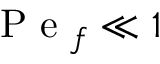
\mathrm { ~ P ~ e ~ } _ { f } \ll 1